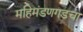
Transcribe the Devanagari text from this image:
महिमंडणगडचा